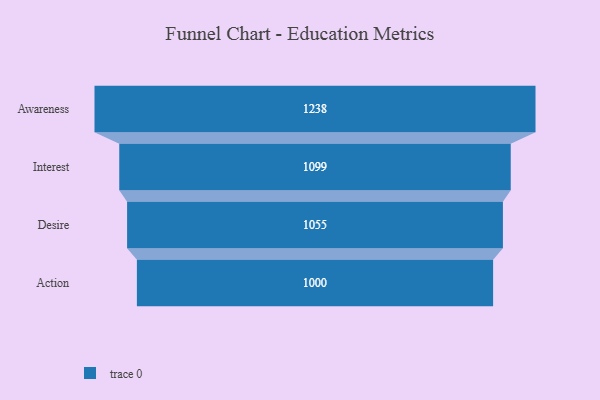
{"axis": {"x": "Stage", "y": "Value"}, "legend": [""], "data": [{"x": "Awareness", "y": 1238.0, "type": ""}, {"x": "Interest", "y": 1099.0, "type": ""}, {"x": "Desire", "y": 1055.0, "type": ""}, {"x": "Action", "y": 1000.0, "type": ""}]}